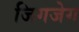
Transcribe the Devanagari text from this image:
जिगजेग